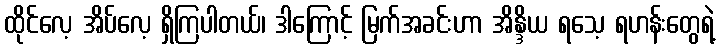
ထိုင်လေ့ အိပ်လေ့ ရှိကြပါတယ်၊ ဒါကြောင့် မြက်အခင်းဟာ အိန္ဒိယ ရသေ့ ရဟန်းတွေရဲ့